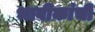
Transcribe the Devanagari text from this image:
भावीकांची